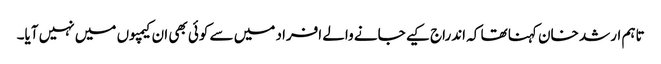
تاہم ارشد خان کہنا تھا کہ اندراج کیے جانے والے افراد میں سے کوئی بھی ان کیمپوں میں نہیں آیا۔